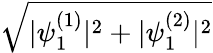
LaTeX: \sqrt{|\psi_{1}^{(1)}|^{2}+|\psi_{1}^{(2)}|^{2}}